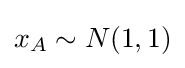
x_{A}\sim N(1,1)